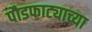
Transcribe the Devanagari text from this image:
पौडफाट्याच्या